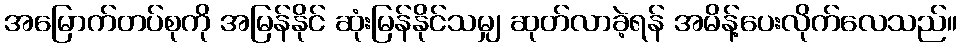
အမြောက်တပ်စုကို အမြန်နိုင် ဆုံးမြန်နိုင်သမျှ ဆုတ်လာခဲ့ရန် အမိန့်ပေးလိုက်လေသည်။